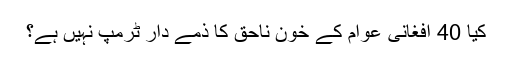
کیا 40 افغانی عوام کے خون ناحق کا ذمے دار ٹرمپ نہیں ہے؟